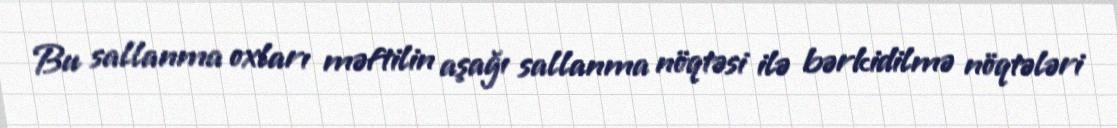
Bu sallanma oxları məftilin aşağı sallanma nöqtəsi ilə bərkidilmə nöqtələri